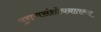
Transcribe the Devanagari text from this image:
पुराणसंशोधनातल्या